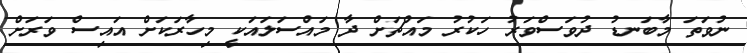
ނުވަތަ މާބަނޑު ދުވަސްވަރު ހަކުރު މައްޗަށް ދާ މައްސަލައަކީ މިހާރަކަށް އައިސް ވަރަށް